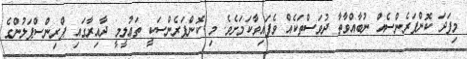
މިފަދަ ކޮންފަރެންސެއް ނުބާއްވާތާ ދުވަސްތަކެއް ވެފައިވާކަމަށެވެ. މި ކޮންފަރެންސަކީ ތަޢުލީމީ ދާއިރާގައި ޕްރިންސްޕަލުންގެ